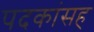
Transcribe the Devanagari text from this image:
पदकांसह